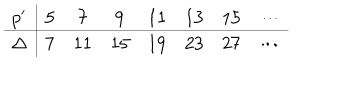
\begin{array} { c | c c c c c c c c } { { p ^ { \prime } } } & { { 5 } } & { { 7 } } & { { 9 } } & { { 1 1 } } & { { 1 3 } } & { { 1 5 } } & { { \cdots } } \\ \hline { { \Delta } } & { { 7 } } & { { 1 1 } } & { { 1 5 } } & { { 1 9 } } & { { 2 3 } } & { { 2 7 } } & { { \cdots } } \\ \end{array}